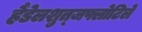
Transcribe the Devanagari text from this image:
हैंडेलशुत्जफ्लोटिले